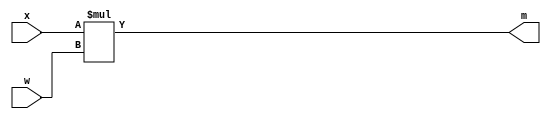
`timescale 1ns / 1ps

module mult(m,x,w

    );
    output[3:0] m;
    input [1:0] x,w;
    
    assign m = x*w;
    
endmodule